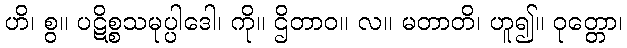
ဟိ၊ စွ။ ပဋိစ္စသမုပ္ပါဒေါ၊ ကို။ ဌိတာဝ။ လ။ မတာတိ၊ ဟူ၍။ ဝုတ္တော၊